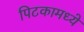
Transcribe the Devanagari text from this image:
पिटकामध्ये